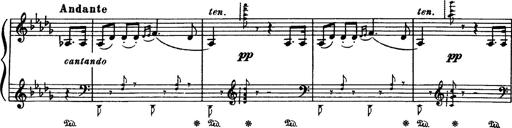
Title: Paraphrase de concert sur Rigoletto
Composer: Franz Liszt